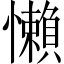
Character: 懶